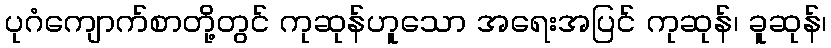
ပုဂံကျောက်စာတို့တွင် ကုဆုန်ဟူသော အရေးအပြင် ကုဆုန်၊ ခူဆုန်၊